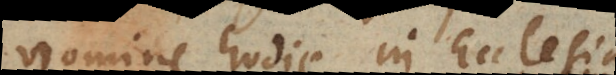
nomine hodie in Ecclesia